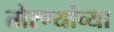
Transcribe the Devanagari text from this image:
तोरण्यांच्या